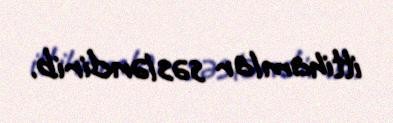
ittihamlar səsləndirib.